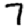
Digit: 7